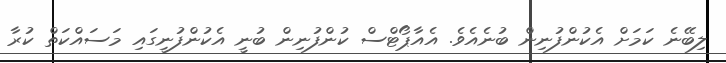
ލިބޭނެ ކަމަށް އެކުންފުނިން ބުނެއެވެ. އެއާޕޯޓްސް ކުންފުނިން ބުނީ އެކުންފުނީގައި މަސައްކަތް ކުރާ